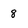
Character: 8